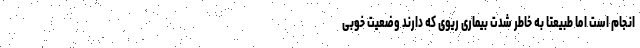
انجام است اما طبیعتا به خاطر شدت بیماری ریوی که دارند وضعیت خوبی